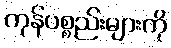
ကုန်ပစ္စည်းများကို